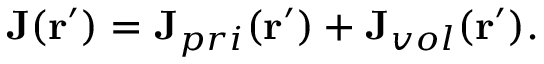
\begin{array} { r } { \mathbf { J } ( \mathbf { r } ^ { \prime } ) = \mathbf { J } _ { p r i } ( \mathbf { r } ^ { \prime } ) + \mathbf { J } _ { v o l } ( \mathbf { r } ^ { \prime } ) . } \end{array}